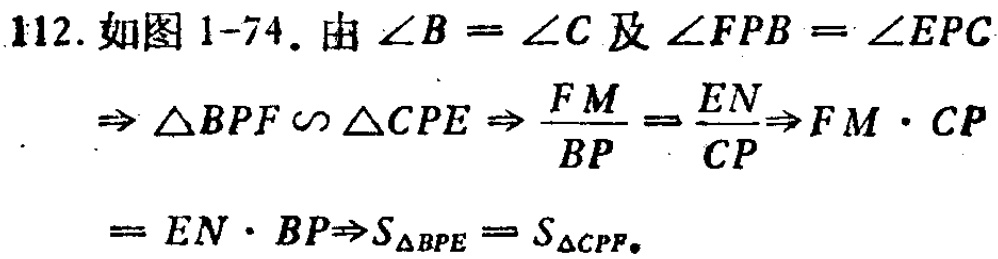
112. 如图 1-74. 由\(\angle B = \angle C\)及\(\angle FPB = \angle EPC\)

\(\Rightarrow \triangle BPF\sim\triangle CPE\Rightarrow \frac{FM}{BP}=\frac{EN}{CP}\Rightarrow FM\cdot CP\)

\(= EN\cdot BP\Rightarrow S_{\triangle BPE} = S_{\triangle CPF}\)